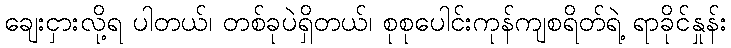
ချေးငှားလို့ရ ပါတယ်၊ တစ်ခုပဲရှိတယ်၊ စုစုပေါင်းကုန်ကျစရိတ်ရဲ့ ရာခိုင်နှုန်း